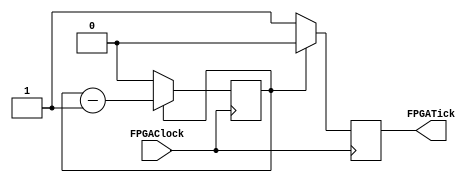
/******************************************************************************
 ** Logisim goes FPGA automatic generated Verilog code                       **
 **                                                                          **
 ** Component : LogisimTickGenerator                                         **
 **                                                                          **
 ******************************************************************************/

module LogisimTickGenerator( FPGAClock,
                             FPGATick);

   /***************************************************************************
    ** Here all module parameters are defined with a dummy value             **
    ***************************************************************************/
   parameter NrOfBits = 1;
   parameter ReloadValue = 1;


   /***************************************************************************
    ** Here the inputs are defined                                           **
    ***************************************************************************/
   input  FPGAClock;

   /***************************************************************************
    ** Here the outputs are defined                                          **
    ***************************************************************************/
   output FPGATick;

   /***************************************************************************
    ** Here the internal wires are defined                                   **
    ***************************************************************************/
   wire[NrOfBits-1:0] s_count_next;
   wire s_tick_next;
   reg[NrOfBits-1:0] s_count_reg;
   reg s_tick_reg;


   /***************************************************************************
    ** Here the Output is defined                                            **
    ***************************************************************************/
   assign FPGATick = s_tick_reg;

   /***************************************************************************
    ** Here the update logic is defined                                      **
    ***************************************************************************/
   assign s_tick_next  = (s_count_reg == 0) ? 1'b1 : 1'b0;
   assign s_count_next = (s_count_reg == 0) ? ReloadValue-1 : s_count_reg-1;

   /***************************************************************************
    ** Here the simulation only initial is defined                           **
    ***************************************************************************/
   initial
   begin
      s_count_reg = 0;
      s_tick_reg  = 1'b0;
   end

   /***************************************************************************
    ** Here the flipflops are defined                                        **
    ***************************************************************************/
   always @(posedge FPGAClock)
   begin
       s_count_reg <= s_count_next;
       s_tick_reg  <= s_tick_next;
   end

endmodule